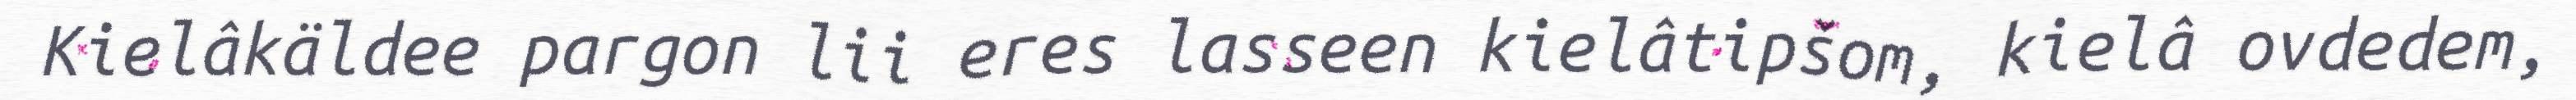
Kielâkäldee pargon lii eres lasseen kielâtipšom, kielâ ovdedem,